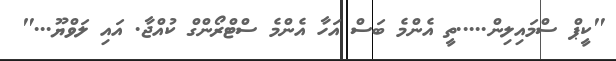
"ކީޕް ސްމައިލިން.....ތީ އެންމެ ބަސް އަހާ އެންމެ ސްޓްރޯންގް ކުއްޖާ. އައި ލަވްޔޫ..."